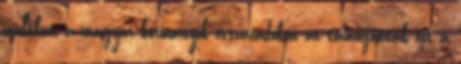
múltban a magyar kormányok évszázadokon át támogatták ezt a